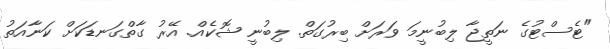
"ޓެސްޓުގެ ނަތީޖާ ލިބުނީމަ ވަރަށް ބިރުގަތް. ލިބުނީ ޝޮކެއް. އޭރު ގާތްގަނޑަކަށް ކަނާއަތު